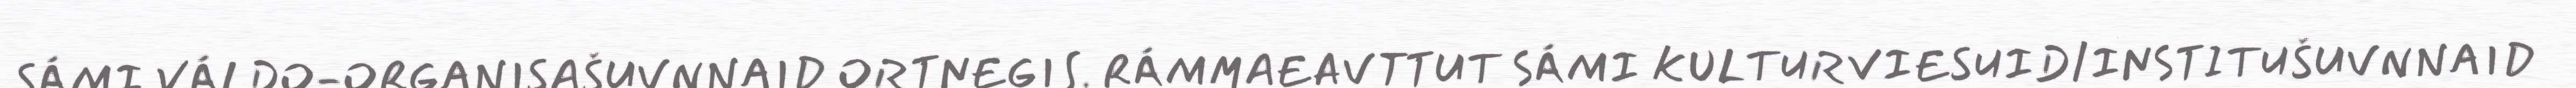
SÁMI VÁLDO-ORGANISAŠUVNNAID ORTNEGIS. RÁMMAEAVTTUT SÁMI KULTURVIESUID/INSTITUŠUVNNAID